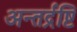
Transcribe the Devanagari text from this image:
अन्तर्द्रष्टि